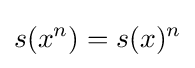
s(x^{n})=s(x)^{n}